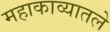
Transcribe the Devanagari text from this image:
महाकाव्यातले